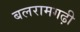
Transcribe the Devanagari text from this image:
बलरामगढ़ी